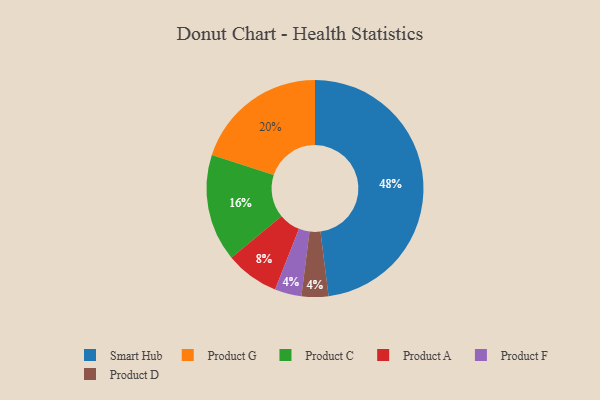
{"axis": {"x": "Category", "y": "Percentage"}, "legend": ["Product A", "Product C", "Product D", "Product F", "Product G", "Smart Hub"], "data": [{"x": "Product A", "y": 8, "type": "Product A"}, {"x": "Smart Hub", "y": 48, "type": "Smart Hub"}, {"x": "Product F", "y": 4, "type": "Product F"}, {"x": "Product G", "y": 20, "type": "Product G"}, {"x": "Product D", "y": 4, "type": "Product D"}, {"x": "Product C", "y": 16, "type": "Product C"}]}